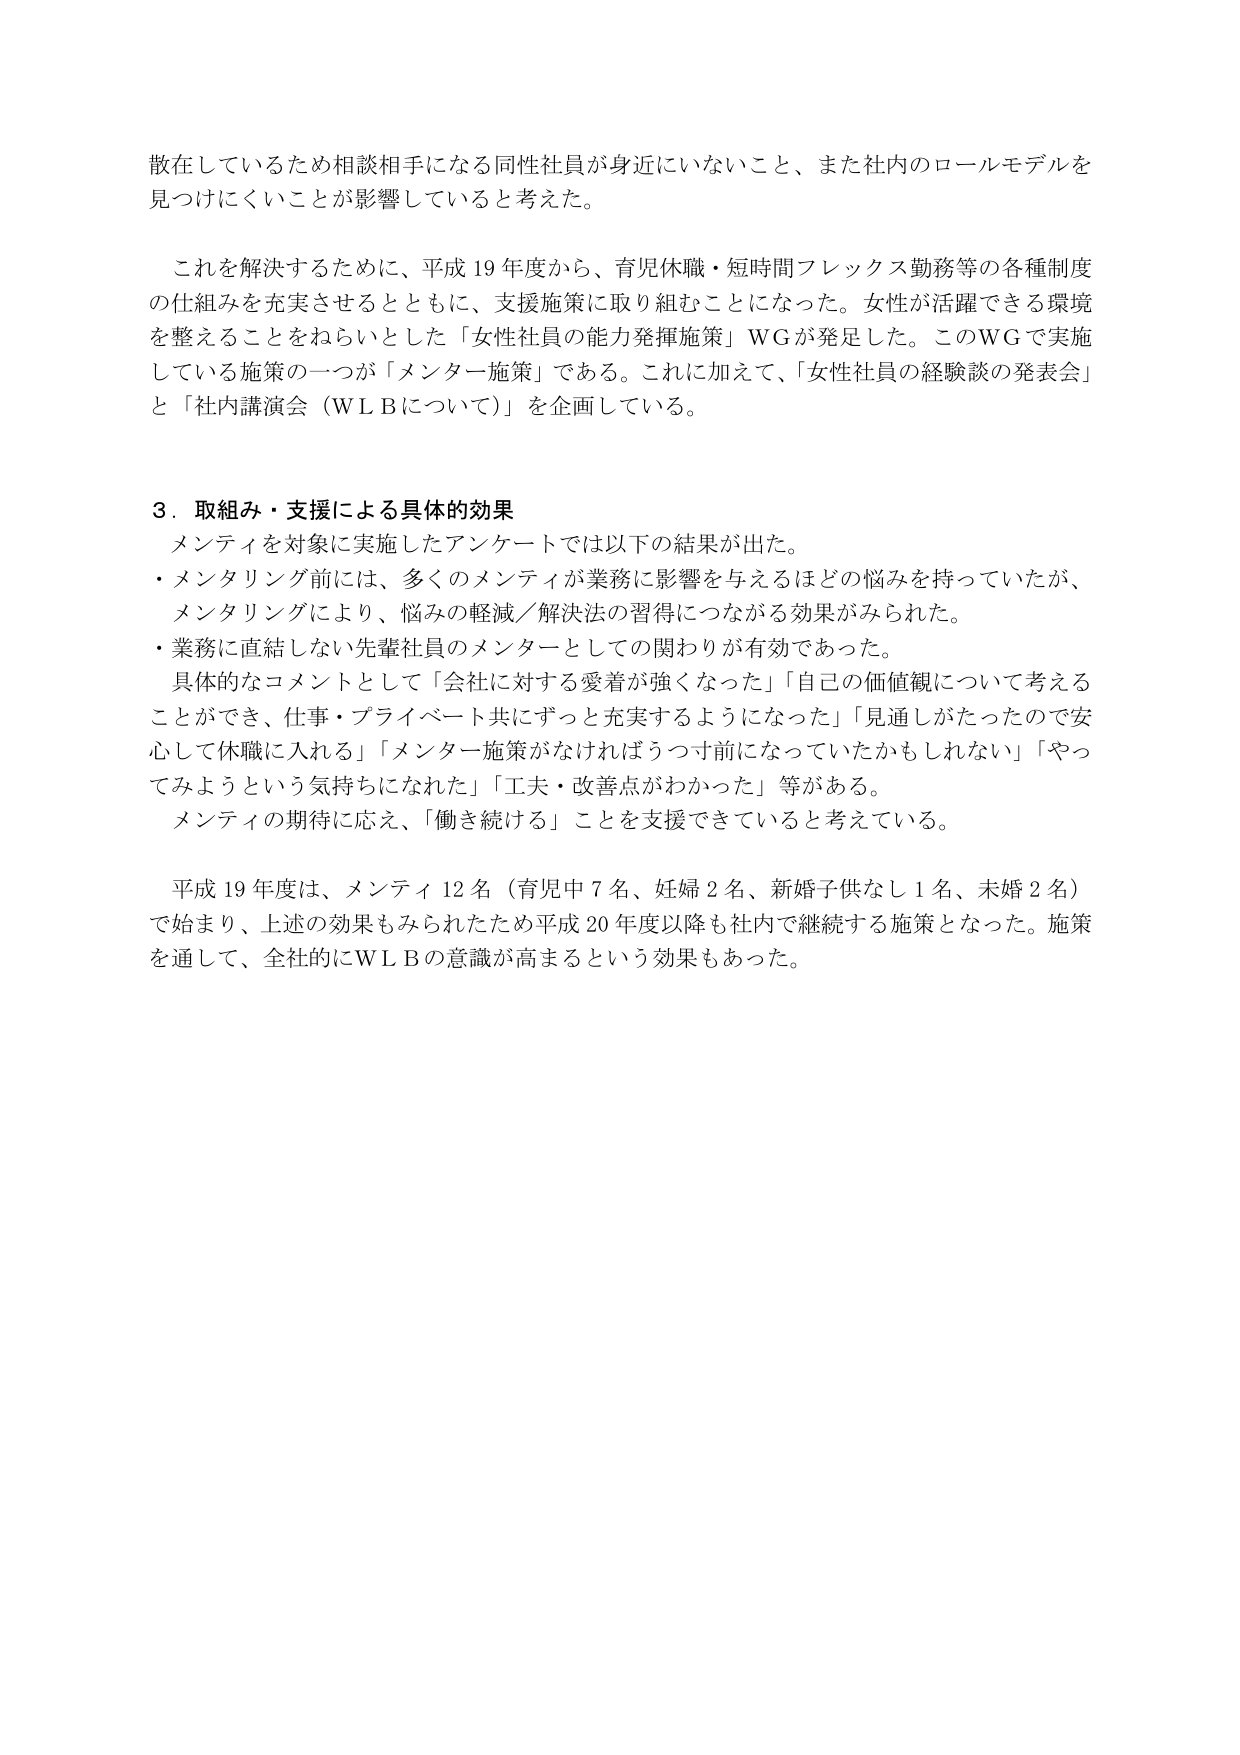
散在しているため相談相手になる同性社員が身近にいないこと、また社内のロールモデルを
見つけにくいことが影響していると考えた。

これを解決するために、平成19年度から、育児休職・短時間フレックス勤務等の各種制度
の仕組みを充実させるとともに、支援施策に取り組むことになった。女性が活躍できる環境
を整えることをねらいとした「女性社員の能力発揮施策」WGが発足した。このWGで実施
している施策の一つが「メンター施策」である。これに加えて、「女性社員の経験談の発表会」
と「社内講演会（WLBについて）」を企画している。

3．取組み・支援による具体的効果
メンティを対象に実施したアンケートでは以下の結果が出た。
・メンタリング前には、多くのメンティが業務に影響を与えるほどの悩みを持っていたが、
メンタリングにより、悩みの軽減／解決法の習得につながる効果がみられた。
・業務に直結しない先輩社員のメンターとしての関わりが有効であった。
具体的なコメントとして「会社に対する愛着が強くなった」「自己の価値観について考える
ことができ、仕事・プライベート共にずっと充実するようになった」「見通しがたったので安
心して休職に入れる」「メンター施策がなければうつ寸前になっていたかもしれない」「やっ
てみようという気持ちになれた」「工夫・改善点がわかった」等がある。
メンティの期待に応え、「働き続ける」ことを支援できていると考えている。

平成19年度は、メンティ12名（育児中7名、妊婦2名、新婚子供なし1名、未婚2名）
で始まり、上述の効果もみられたため平成20年度以降も社内で継続する施策となった。施策
を通して、全社的にWLBの意識が高まるという効果もあった。